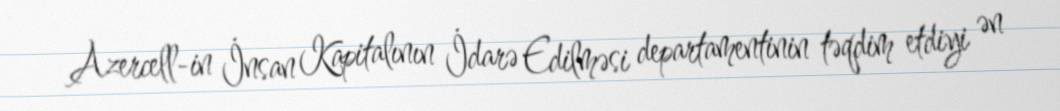
Azercell-in İnsan Kapitalının İdarə Edilməsi departamentinin təqdim etdiyi ən